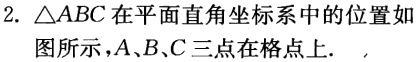
2. $\triangle ABC$在平面直角坐标系中的位置如图所示，$A、B、C$三点在格点上.